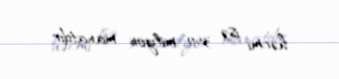
həcmi isə 350 milyon manatdır.